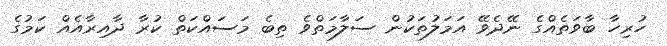
ހުރިހާ ބާވަތެއްގެ ނޭދެވޭ އަމަލުތަކުން ސަލާމަތްވެ ތިބެ މަސައްކަތް ކުރާ ދާއިރާއެއް ކަމުގެ